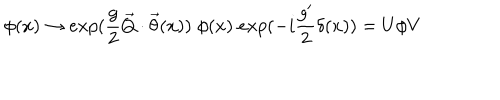
\phi ( x ) \rightarrow e x p ( \frac { g } { 2 } \vec { Q } \cdot \vec { \theta } ( x ) ) \; \phi ( x ) \; e x p ( - i \frac { g ^ { \prime } } { 2 } \delta ( x ) ) = U \phi V